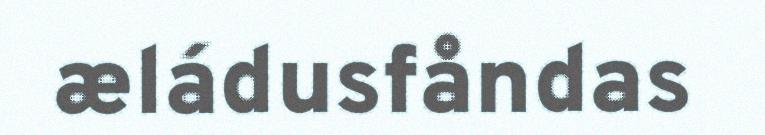
æládusfåndas